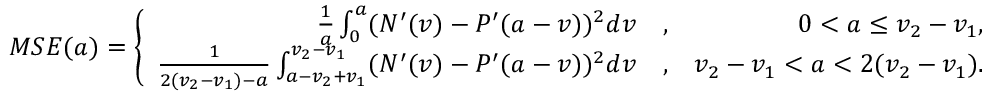
M S E ( a ) = \left\{ \begin{array} { r l r } { \frac { 1 } { a } \int _ { 0 } ^ { a } ( N ^ { \prime } ( v ) - P ^ { \prime } ( a - v ) ) ^ { 2 } d v } & { , } & { 0 < a \leq v _ { 2 } - v _ { 1 } , } \\ { \frac { 1 } { 2 ( v _ { 2 } - v _ { 1 } ) - a } \int _ { a - v _ { 2 } + v _ { 1 } } ^ { v _ { 2 } - v _ { 1 } } ( N ^ { \prime } ( v ) - P ^ { \prime } ( a - v ) ) ^ { 2 } d v } & { , } & { v _ { 2 } - v _ { 1 } < a < 2 ( v _ { 2 } - v _ { 1 } ) . } \end{array} \right.